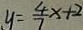
y = \frac { 4 } { 7 } x + 2